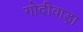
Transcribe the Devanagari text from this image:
गोदीवाड़ा